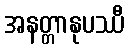
အနတ္တာနုပဿီ